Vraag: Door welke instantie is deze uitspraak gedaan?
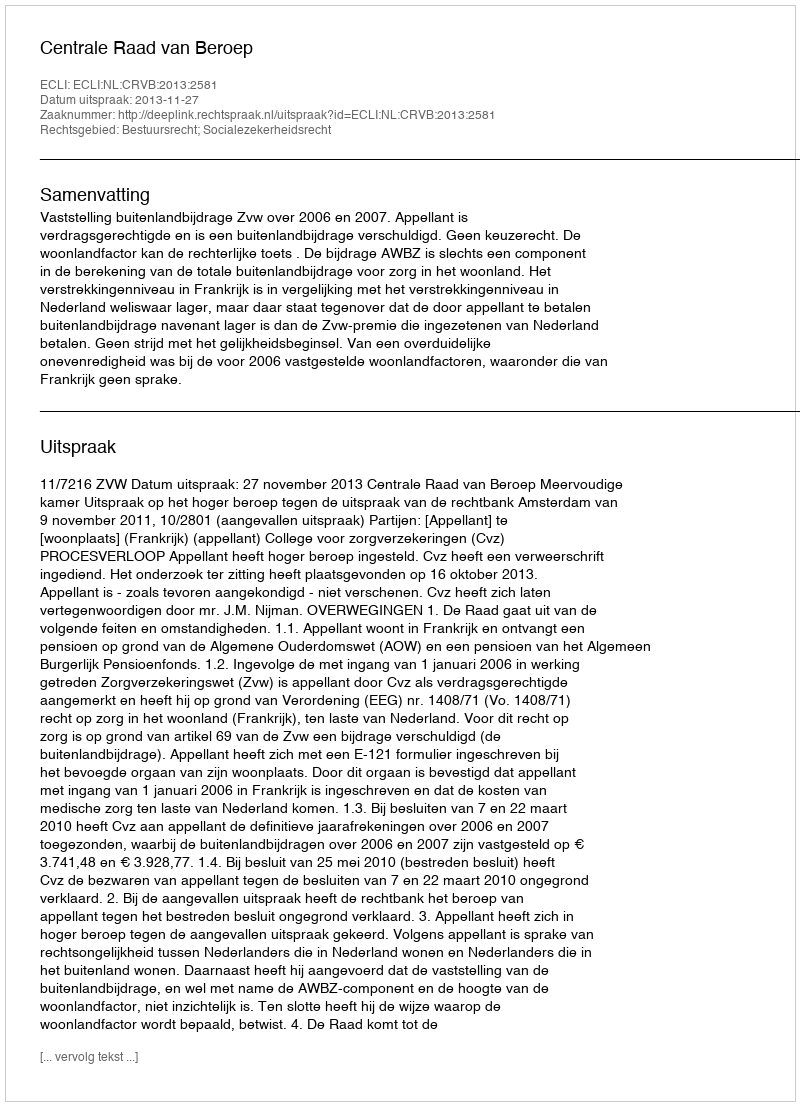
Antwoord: Centrale Raad van Beroep